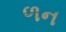
ળન